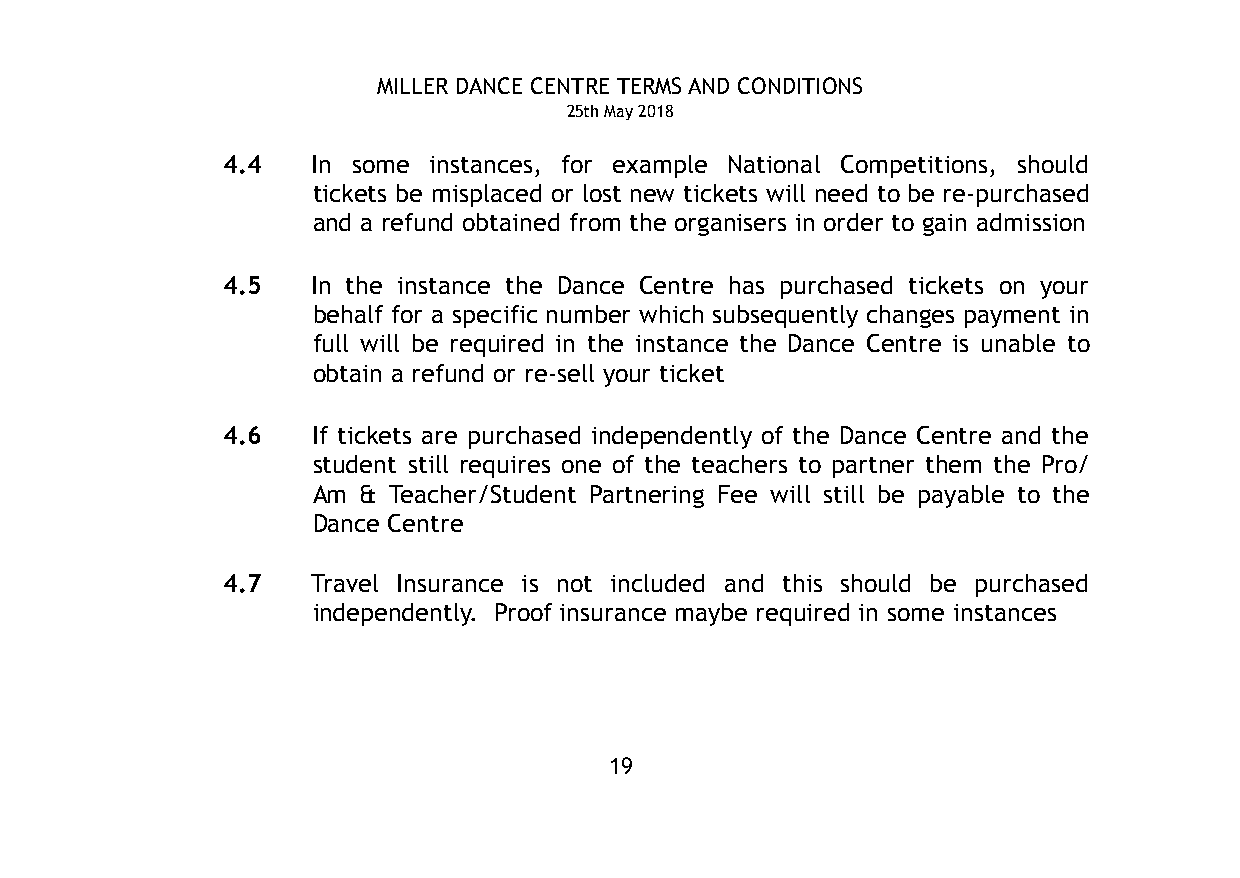
MILLER DANCE CENTRE TERMS AND CONDITIONS
 25th May 2018
 4.4   In some instances, for example National Competitions, should
 tickets be misplaced or lost new tickets will need to be re-purchased
 and a refund obtained from the organisers in order to gain admission
 4.5   In the instance the Dance Centre has purchased tickets on your
 behalf for a specific number which subsequently changes payment in
 full will be required in the instance the Dance Centre is unable to
 obtain a refund or re-sell your ticket
 4.6   If tickets are purchased independently of the Dance Centre and the
 student still requires one of the teachers to partner them the Pro/
 Am & Teacher/Student Partnering Fee will still be payable to the
 Dance Centre
 4.7   Travel Insurance is not included and this should be purchased
 independently. Proof insurance maybe required in some instances
 19